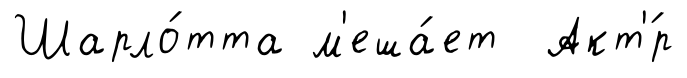
Шарло́тта м'еша́ет Акт'́р